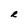
Character: R